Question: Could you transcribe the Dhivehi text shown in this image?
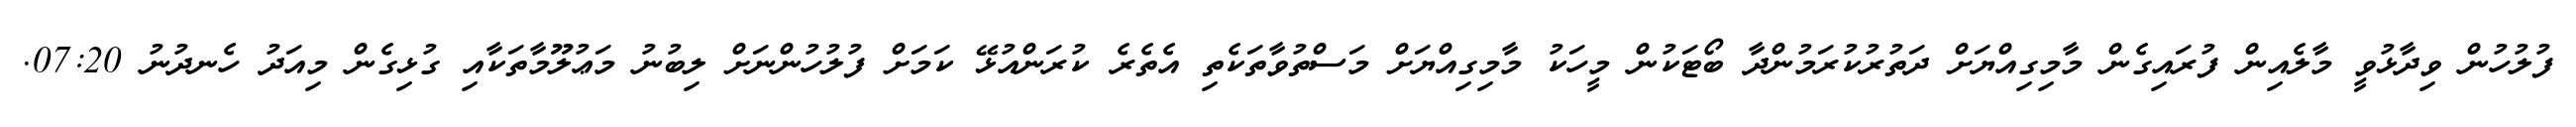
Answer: ފުލުހުން ވިދާޅުވީ މާލެއިން ފުރައިގެން މާމިގިއްޔަށް ދަތުރުކުރަމުންދާ ބޯޓަކުން މީހަކު މާމިގިއްޔަށް މަސްތުވާތަކެތި އެތެރެ ކުރަންއުޅޭ ކަމަށް ފުލުހުންނަށް ލިބުނު މަޢުލޫމާތަކާއި ގުޅިގެން މިއަދު ހެނދުނު 07:20.